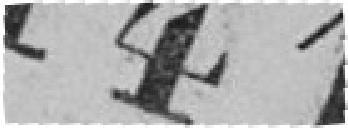
141